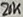
Text: 20K